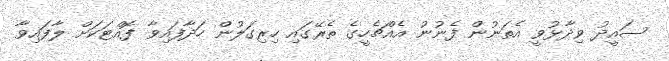
ސައީދު ވިދާޅުވީ އެތަނުން ފެނުނު އެއްޗެހީގެ ތެރޭގައި ހިރިގަލުން ހަދާފައިވާ ފޮއްޓަކަށް ލާފައިވާ